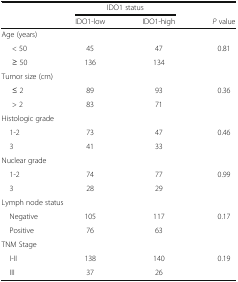
<table><thead><tr><td></td><td colspan="2"><b>IDO1 status</b></td><td></td></tr><tr><td></td><td><b>IDO1-low</b></td><td><b>IDO1-high</b></td><td><b><i>P</i> value</b></td></tr></thead><tbody><tr><td colspan="4">Age (years)</td></tr><tr><td>&lt; 50</td><td>45</td><td>47</td><td rowspan="2">0.81</td></tr><tr><td>≥ 50</td><td>136</td><td>134</td></tr><tr><td colspan="4">Tumor size (cm)</td></tr><tr><td>≤ 2</td><td>89</td><td>93</td><td rowspan="2">0.36</td></tr><tr><td>&gt; 2</td><td>83</td><td>71</td></tr><tr><td colspan="4">Histologic grade</td></tr><tr><td> 1-2</td><td>73</td><td>47</td><td rowspan="2">0.46</td></tr><tr><td> 3</td><td>41</td><td>33</td></tr><tr><td colspan="4">Nuclear grade</td></tr><tr><td> 1-2</td><td>74</td><td>77</td><td rowspan="2">0.99</td></tr><tr><td> 3</td><td>28</td><td>29</td></tr><tr><td colspan="4">Lymph node status</td></tr><tr><td> Negative</td><td>105</td><td>117</td><td rowspan="2">0.17</td></tr><tr><td> Positive</td><td>76</td><td>63</td></tr><tr><td colspan="4">TNM Stage</td></tr><tr><td> I-II</td><td>138</td><td>140</td><td rowspan="2">0.19</td></tr><tr><td> III</td><td>37</td><td>26</td></tr></tbody></table>